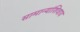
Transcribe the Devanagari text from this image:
सामान्यांशिवाय